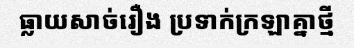
ធ្លាយសាច់រឿង ប្រទាក់ក្រឡាគ្នាថ្មី